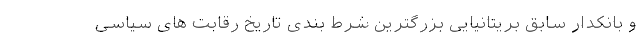
و بانکدار سابق بریتانیایی بزرگترین شرط بندی تاریخ رقابت های سیاسی